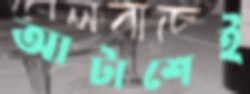
আটাশেই